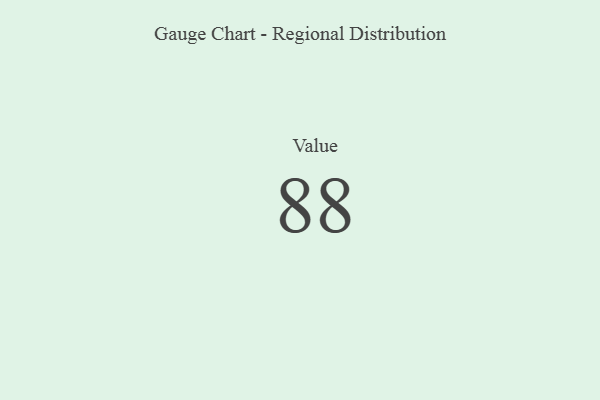
{"axis": {"x": "Metric", "y": "Value"}, "legend": [""], "data": [{"x": "Value", "y": 88, "type": ""}]}